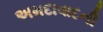
અમદાવાદની